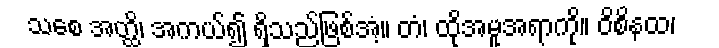
သစေ အတ္ထိ၊ အကယ်၍ ရှိသည်ဖြစ်အံ့။ တံ၊ ထိုအမူအရာကို။ ဝိစိနထ၊